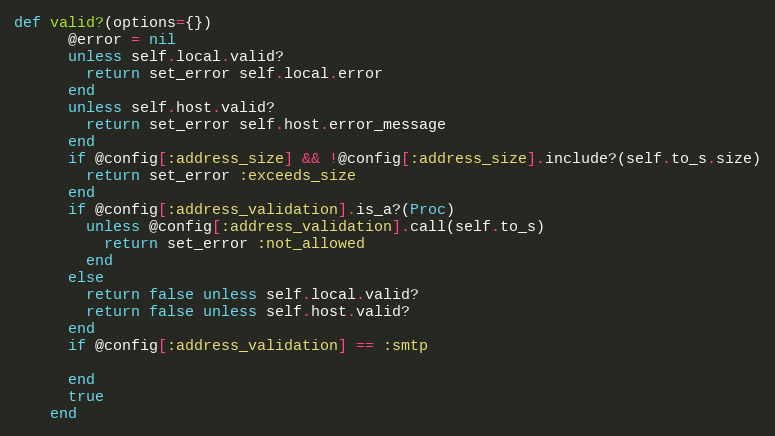
Language: Ruby
def valid?(options={})
      @error = nil
      unless self.local.valid?
        return set_error self.local.error
      end
      unless self.host.valid?
        return set_error self.host.error_message
      end
      if @config[:address_size] && !@config[:address_size].include?(self.to_s.size)
        return set_error :exceeds_size
      end
      if @config[:address_validation].is_a?(Proc)
        unless @config[:address_validation].call(self.to_s)
          return set_error :not_allowed
        end
      else
        return false unless self.local.valid?
        return false unless self.host.valid?
      end
      if @config[:address_validation] == :smtp

      end
      true
    end